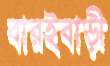
বারইবাড়ী